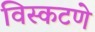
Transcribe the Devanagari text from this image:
विस्कटणे